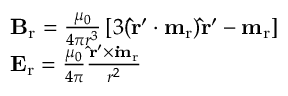
\begin{array} { r l } & { \mathbf { B } _ { \mathrm { r } } = \frac { \mu _ { 0 } } { 4 \pi r ^ { 3 } } \left[ 3 ( \mathbf { \hat { r } ^ { \prime } } \boldsymbol { \cdot } \mathbf { m } _ { \mathrm { r } } ) \mathbf { \hat { r } ^ { \prime } } - \mathbf { m } _ { \mathrm { r } } \right] } \\ & { \mathbf { E } _ { \mathrm { r } } = \frac { \mu _ { 0 } } { 4 \pi } \frac { \mathbf { \hat { r } ^ { \prime } } \times \mathbf { \dot { m } _ { \mathrm { r } } } } { r ^ { 2 } } } \end{array}